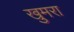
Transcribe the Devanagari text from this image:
खुमरा